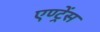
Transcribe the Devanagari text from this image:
एण्ट्रेंस